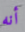
أنه